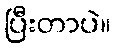
ပြီးတာပဲ။